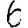
Digit: 6